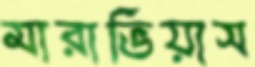
মারাভিয়াস